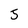
Character: 5